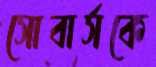
সোবার্সকে